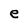
Character: e